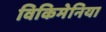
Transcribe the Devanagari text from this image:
विकिमेनिया